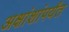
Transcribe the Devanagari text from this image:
अक्षांशांपर्यंत